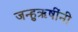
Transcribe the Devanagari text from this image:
जन्हुऋषींनी